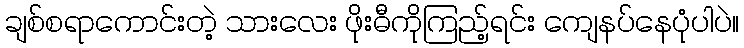
ချစ်စရာကောင်းတဲ့ သားလေး ဖိုးဓီကိုကြည့်ရင်း ကျေနပ်နေပုံပါပဲ။